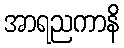
အာရညကာနိ